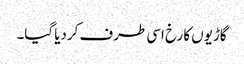
گاڑیوں کا رخ اسی طرف کردیا گیا۔